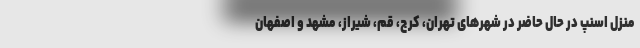
منزل اسنپ در حال حاضر در شهرهای تهران، کرج، قم، شیراز، مشهد و اصفهان